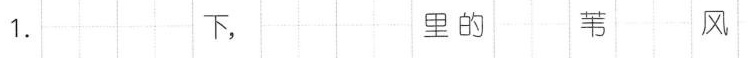
1. 下， 里的 苇 风